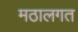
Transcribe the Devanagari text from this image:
मठालगत